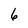
Character: 6